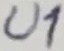
Text: U1